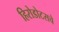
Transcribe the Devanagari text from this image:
हिरोडोटसचे